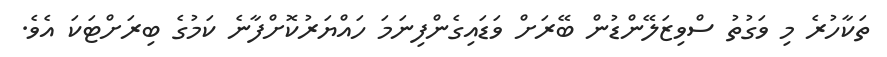
ތަކާހުރެ މި ވަގުތު ސްވިޒަލޭންޑުން ބޭރަށް ވަޑައިގެންފިނަމަ ހައްޔަރުކޮށްފާނެ ކަމުގެ ބިރަށްޓަކަ އެވެ.